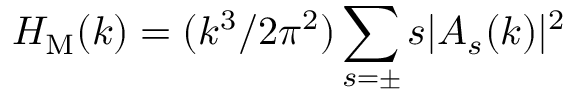
H _ { \mathrm { M } } ( k ) = ( k ^ { 3 } / 2 \pi ^ { 2 } ) \sum _ { s = \pm } s | A _ { s } ( k ) | ^ { 2 }